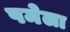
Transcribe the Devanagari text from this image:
पमेला